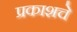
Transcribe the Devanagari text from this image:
प्रकाशचे